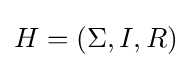
H=(\Sigma ,I,R)